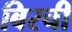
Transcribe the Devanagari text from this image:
बिरची